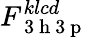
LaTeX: F_{\mathrm{~3~h~3~p~}}^{klcd}